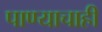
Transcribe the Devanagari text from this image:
पाण्‍याचाही